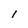
Character: I